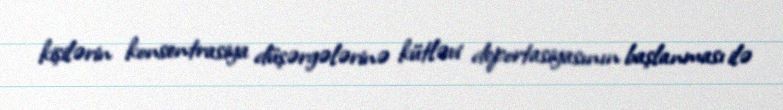
kişilərin konsentrasiya düşərgələrinə kütləvi deportasiyasının başlanması ilə